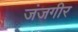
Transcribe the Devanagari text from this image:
जंजगीर